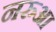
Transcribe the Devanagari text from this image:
नरुआ